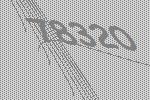
78320